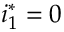
i _ { 1 } ^ { * } = 0